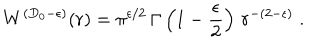
LaTeX: W ^ { ( { D _ { 0 } } - \epsilon ) } ( r ) = \pi ^ { \epsilon / 2 } \, \Gamma \left( 1 - \frac { \epsilon } { 2 } \right) \, r ^ { - ( 2 - \epsilon ) } \; .